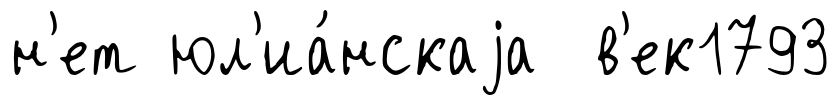
н'ет юл'иа́нскаjа в'ек1793